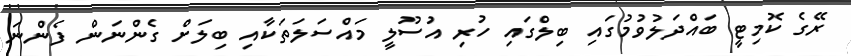
ރޭގެ ކޮމިޓީ ބައްދަލުވުމުގައި ބިލްގައި ހުރި އުސޫލީ މައްސަލަތަކާއި ބިލަށް ގެންނަން ފެންނަ